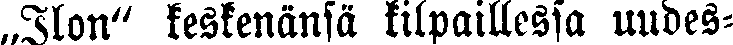
„Ilon" keskenänsä kilpaillessa uudes-